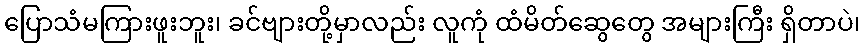
ပြောသံမကြားဖူးဘူး၊ ခင်ဗျားတို့မှာလည်း လူကုံ ထံမိတ်ဆွေတွေ အများကြီး ရှိတာပဲ၊